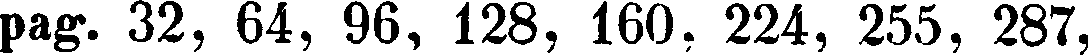
pag. 32, 64, 96, 128, 160, 224, 255, 287,